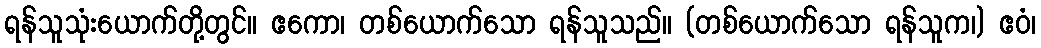
ရန်သူသုံးယောက်တို့တွင်။ ဧကော၊ တစ်ယောက်သော ရန်သူသည်။ (တစ်ယောက်သော ရန်သူက၊) ဧဝံ၊